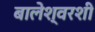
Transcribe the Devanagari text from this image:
बालेश्वरशी